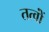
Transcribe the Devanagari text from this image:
तत्वोंं